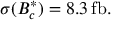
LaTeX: \sigma ( B _ { c } ^ { * } ) = 8 . 3 \, \mathrm { f b } .